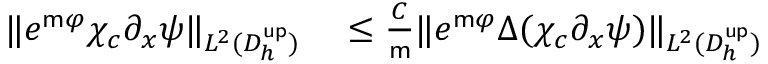
\begin{array} { r l } { \| e ^ { \mathsf { m } \varphi } \chi _ { c } \partial _ { x } \psi \| _ { L ^ { 2 } ( D _ { h } ^ { \mathsf { u p } } ) } } & { { } \leq \frac { C } { \mathsf { m } } \| e ^ { \mathsf { m } \varphi } \Delta ( \chi _ { c } \partial _ { x } \psi ) \| _ { L ^ { 2 } ( D _ { h } ^ { \mathsf { u p } } ) } } \end{array}